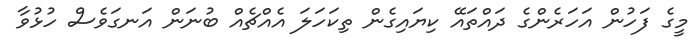
މީގެ ފަހުން އަހަރެންގެ ދައްތައޭ ކިޔައިގެން ތިކަހަލަ އެއްޗެއް ބުނަން އަނގަވެސް ހުޅުވާ